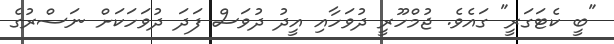
"ބީ ކެޓަގަރީ" ގައެވެ. ޖުމްހޫރީ ދުވަހާއި އީދު ދުވަސް ފަދަ ދުވަހަކަށް ނަސްރުގެ